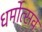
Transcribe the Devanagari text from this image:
धर्मोत्सव